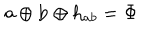
{ \bf a } \oplus { \bf b } \oplus { \bf h } _ { a b } = { \bf \Phi }